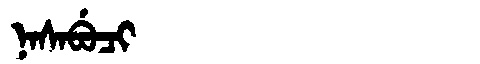
Manchu: ᠨᠠᠰᠠᠪᡠᠴᡳ
Romanization: NASABUCI